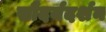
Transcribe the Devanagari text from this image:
सौंदर्यदर्शन